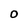
Character: O